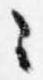
々